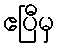
ဧပြီမှ